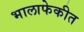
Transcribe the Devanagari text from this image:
भालाफेकीत